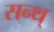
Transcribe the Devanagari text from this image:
सन्थ्